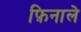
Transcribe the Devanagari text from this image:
फ़िनाले